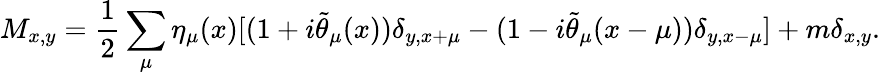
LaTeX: M_{x,y}=\frac{1}{2}\sum_{\mu}\eta_{\mu}(x)[(1+i\tilde{\theta}_{\mu}(x))\delta_{y,x+\mu}-(1-i\tilde{\theta}_{\mu}(x-\mu))\delta_{y,x-\mu}]+m\delta_{x,y}.